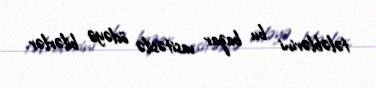
tələblərini bu bazar vasitəsilə ödəyə bilərlər.